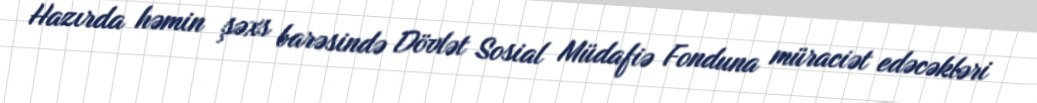
Hazırda həmin şəxs barəsində Dövlət Sosial Müdafiə Fonduna müraciət edəcəkləri